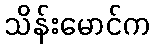
သိန်းမောင်က